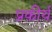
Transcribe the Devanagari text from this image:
प्रकीर्य